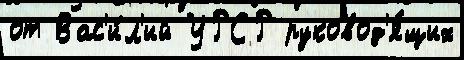
от Вас'и́л'ий УРСР руковод'я́щих